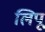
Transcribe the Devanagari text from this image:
लिपू